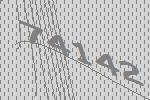
74142